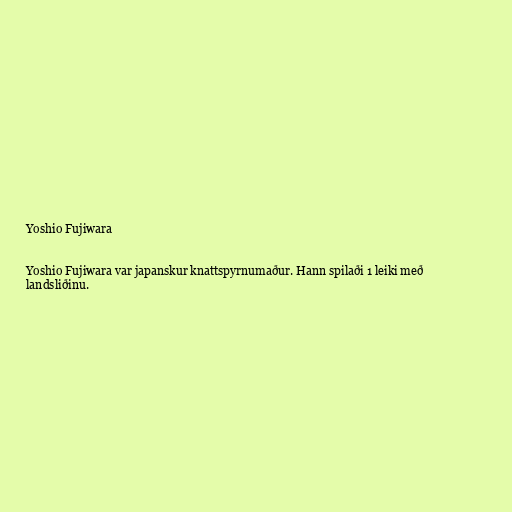
Yoshio Fujiwara

Yoshio Fujiwara var japanskur knattspyrnumaður. Hann spilaði 1 leiki með
landsliðinu.